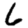
Digit: 6